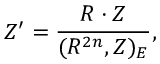
{ \cal Z } ^ { \prime } = \frac { R \cdot { \cal Z } } { ( R ^ { 2 n } , { \cal Z } ) _ { E } } ,